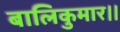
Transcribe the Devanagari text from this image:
बालिकुमार।।